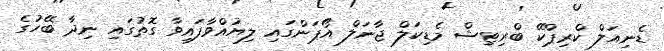
ޑެނިއަލް ކްރިޕްކޭ ބްރިޓިޝް މެޑިކަލް ޖާނަލް އޯޕަންގައި ލިޔުއްވާފައިވާ ގޮތުގައި ނިދާ ބޭހުގެ